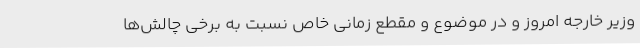
وزیر خارجه امروز و در موضوع و مقطع زمانی خاص نسبت به برخی چالش‌ها